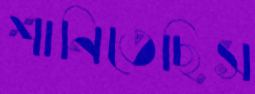
শানিতেছিস